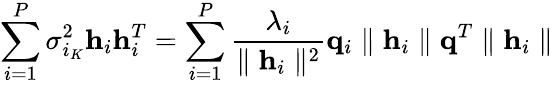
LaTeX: \sum_{i=1}^{P}\sigma_{i_{K}}^{2}\mathbf{h}_{i}\mathbf{h}_{i}^{T}=\sum_{i=1}^{P}\frac{\lambda_{i}}{\parallel\mathbf{h}_{i}\parallel^{2}}\mathbf{q}_{i}\parallel\mathbf{h}_{i}\parallel\mathbf{q}^{T}\parallel\mathbf{h}_{i}\parallel